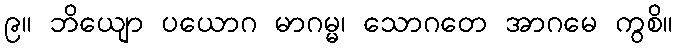
၉။ ဘိယျော ပယောဂ မာဂမ္မ၊ သောဂတေ အာဂမေ ကွစိ။